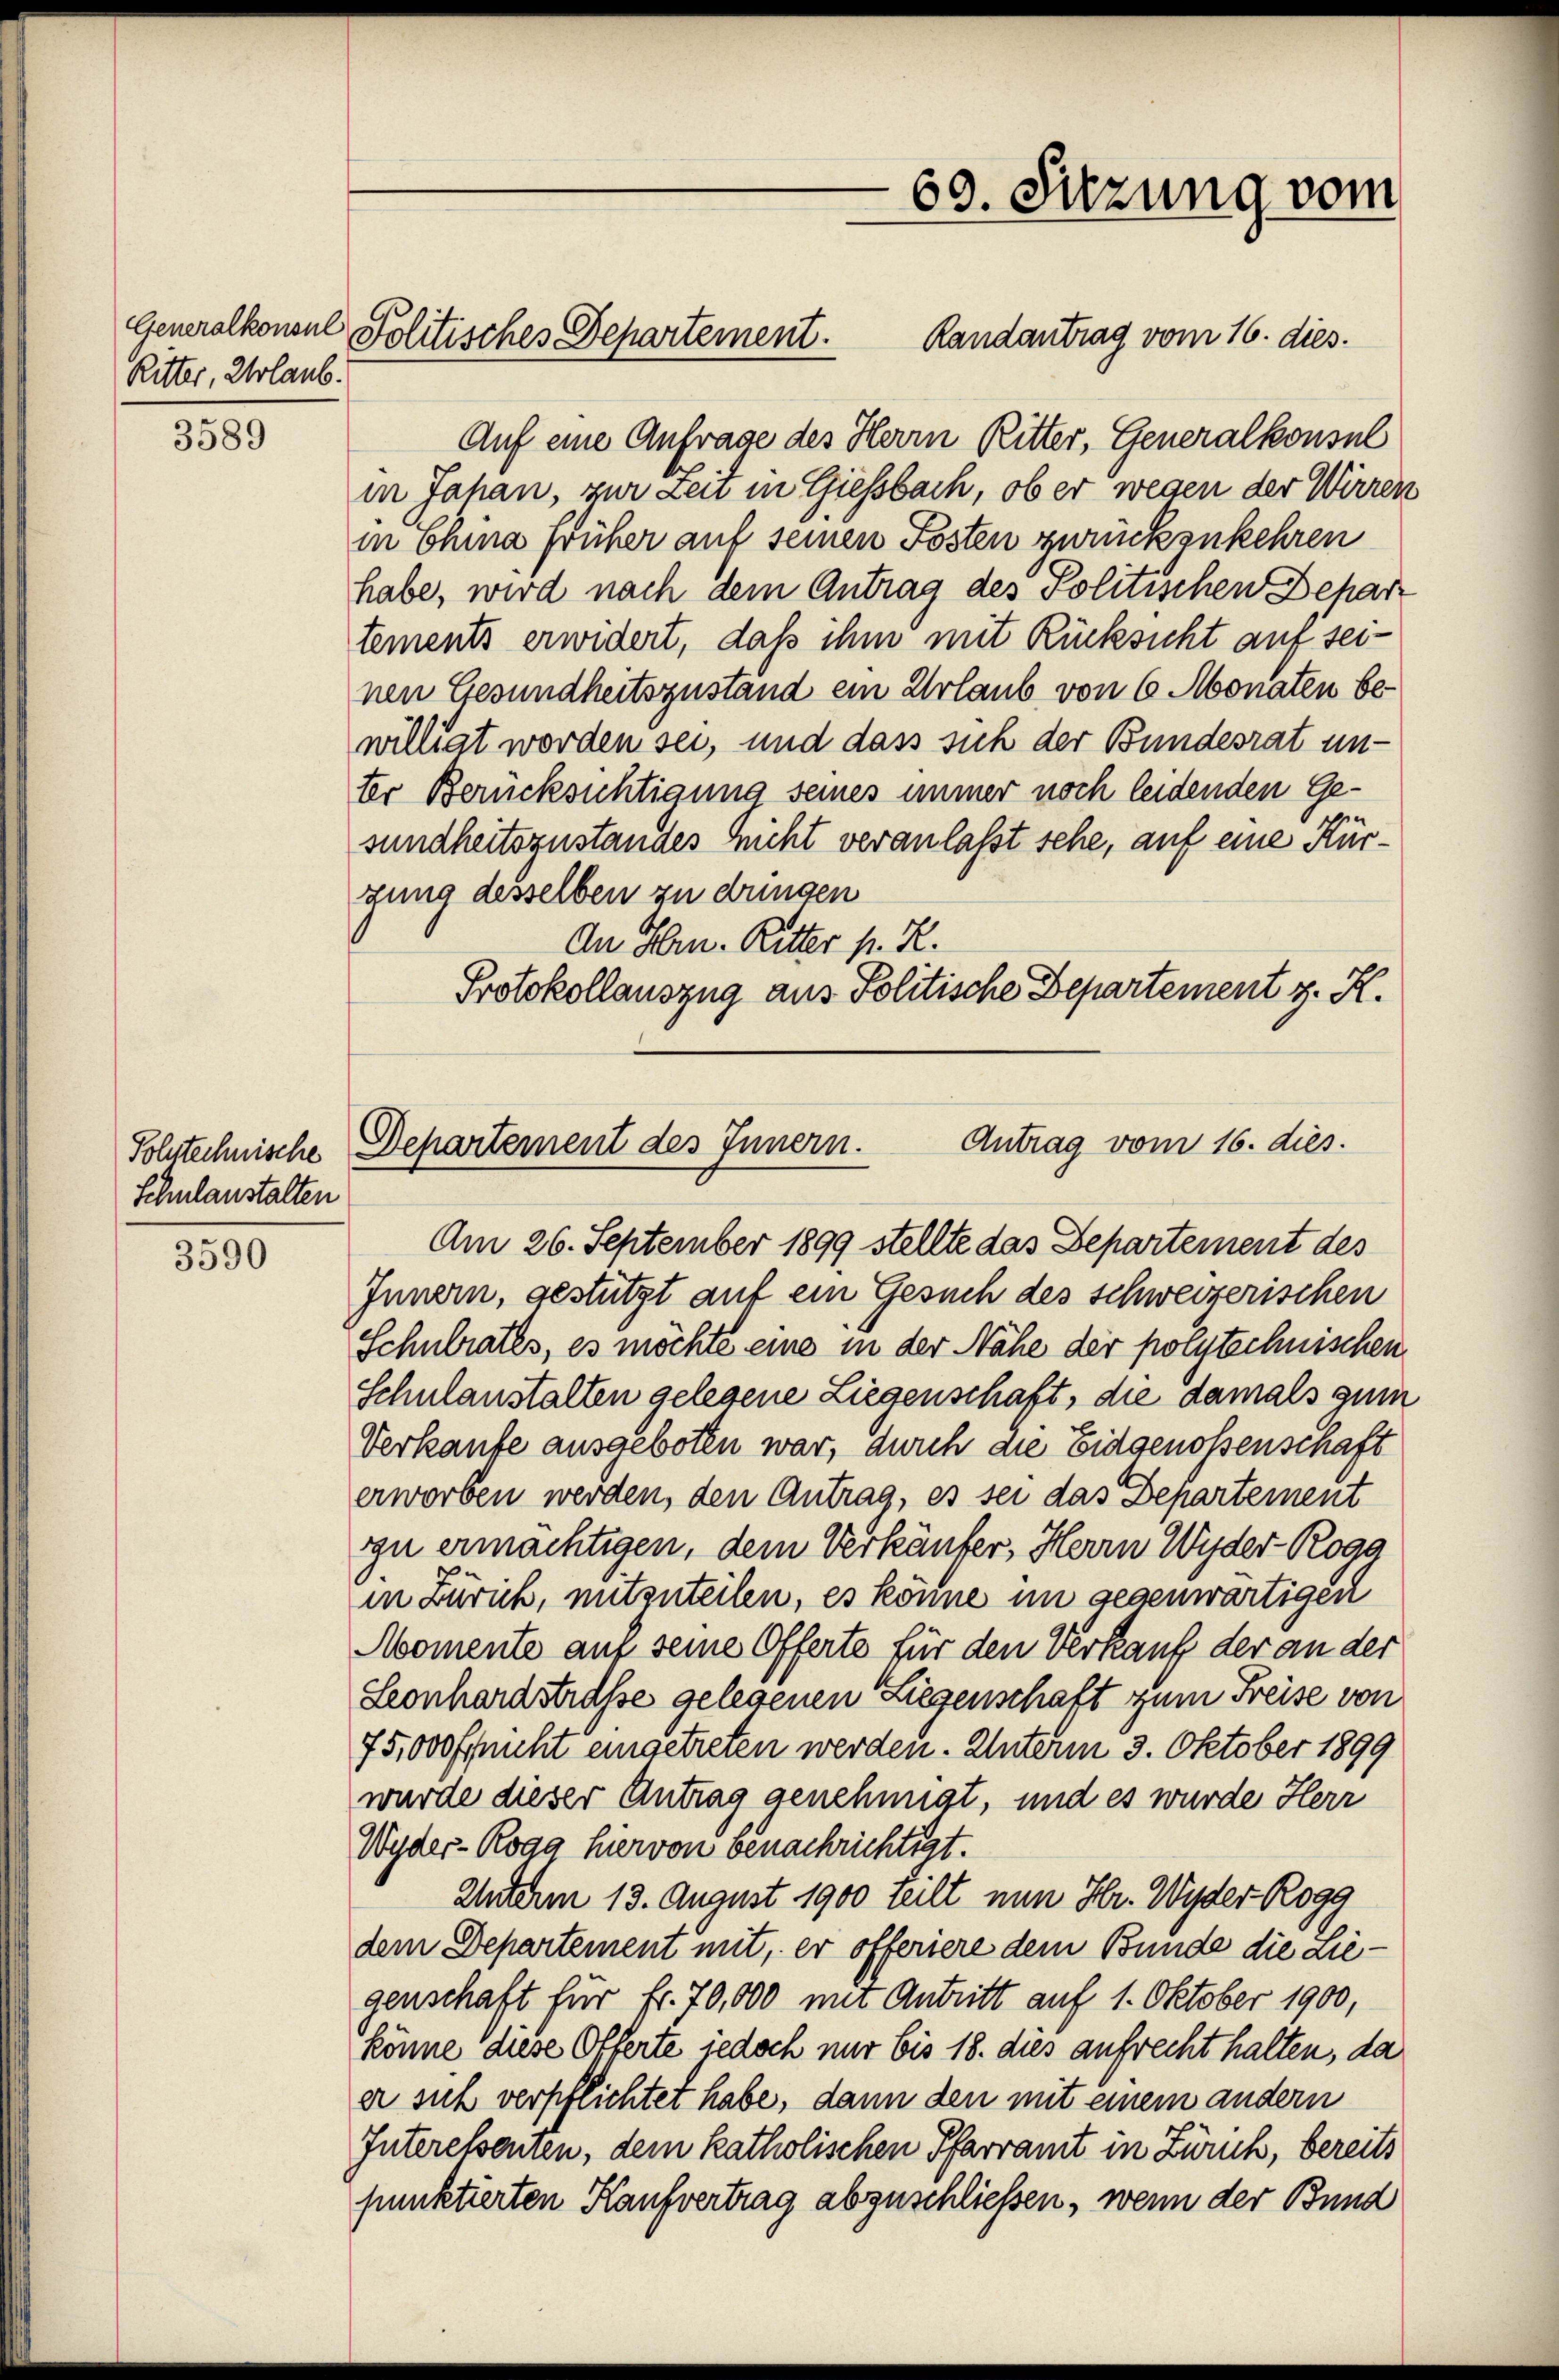
Ritter, Urlaub.

3589

Schulanstalten

3590

Auf eine Anfrage des Herrn Ritter, Generalkonsul
in Jahan, zur Zeit in Giesbach, ob er wegen der Wirren
in China früher auf seinen Posten zurückzukehren
habe, wird nach dem Antrag des Politischen Depart
tements erwidert, daß ihm mit Rücksicht auf seinen Gesundheitszustand ein Urlaub von 6 Monaten bewilligt worden sei, und dass sich der Bundesrat un-
ter Berücksichtigung seines immer noch leidenden Gesundheitszustandes nicht veranlaßt sehe, auf eine Küczung desselben zu dringen
An Hrn. Ritter P. R.
Protokollauszug aus Politische Departement z. K.

Generalkonsul Politisches Departement. Randantrag vom 16. dies.

69. Sitzung vom

Antrag vom 16. dies
Polytechnische Departement des Innern.

Am 26. September 1899 stellte das Departement des
Innern, gestützt auf ein Gesuch des schweizerischen
Schulrates, es möchte eine in der Nähe der polytechnischen
Schulanstalten gelegene Liegenschaft, die damals zum
Verkaufe ausgeboten war, durch die Eidgenossenschaft
erworben werden, den Antrag, es sei das Departement
zu ermächtigen, dem Verkäufer, Herrn Wider-Rogg
in Zürich, mitzuteilen, es könne im gegenwärtigen
Momente auf seine Offerte für den Verkauf der an der
Seonhardstrasse gelegenen Liegenschaft zum Freise von
75,000 frucht eingetreten werden. Unterm 3. Oktober 1899
wurde dieser Antrag genehmigt, und es wurde Herr
Wyder-Roag hiervon benachrichtigt.
Unterm 13. August 1900 teilt nun Hr. Wyder Rogg
dem Departement mit, er offeriere dem Bunde die Lie-
genschaft für fr. 70,000 mit Antritt auf 1. Oktober 1900,
könne diese Offerte jedoch nur bis 18. dies aufrecht halten, da
er sich verpflichtet habe, dann den mit einem andern
Interessenten, dem katholischen Pfarramt in Zürich, bereits
punktierten Kaufvertrag abzuschließen, wenn der Bund